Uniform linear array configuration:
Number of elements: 24
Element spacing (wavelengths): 0.75
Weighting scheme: binomial
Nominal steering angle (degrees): -30
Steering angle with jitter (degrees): -29.084
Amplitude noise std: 0.05
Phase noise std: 0.05

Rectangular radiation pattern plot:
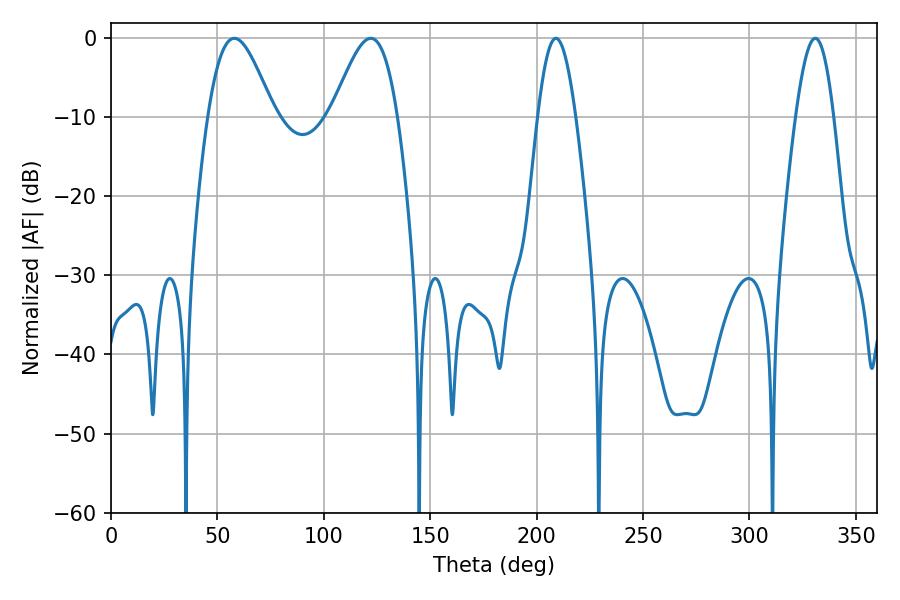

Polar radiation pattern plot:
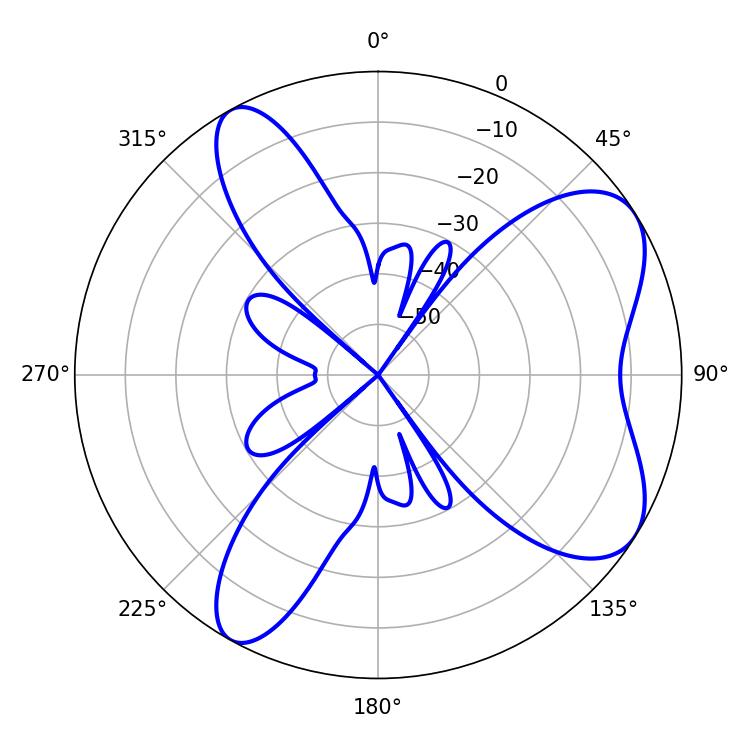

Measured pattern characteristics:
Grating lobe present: TRUE
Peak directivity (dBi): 7.105
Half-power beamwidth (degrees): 16.38
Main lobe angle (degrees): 57.96